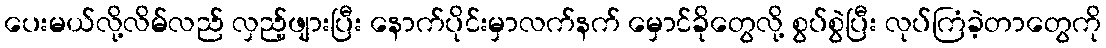
ပေးမယ်လို့လိမ်လည် လှည့်ဖျားပြီး နောက်ပိုင်းမှာလက်နက် မှောင်ခိုတွေလို့ စွပ်စွဲပြီး လုပ်ကြံခဲ့တာတွေကို